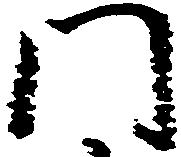
門